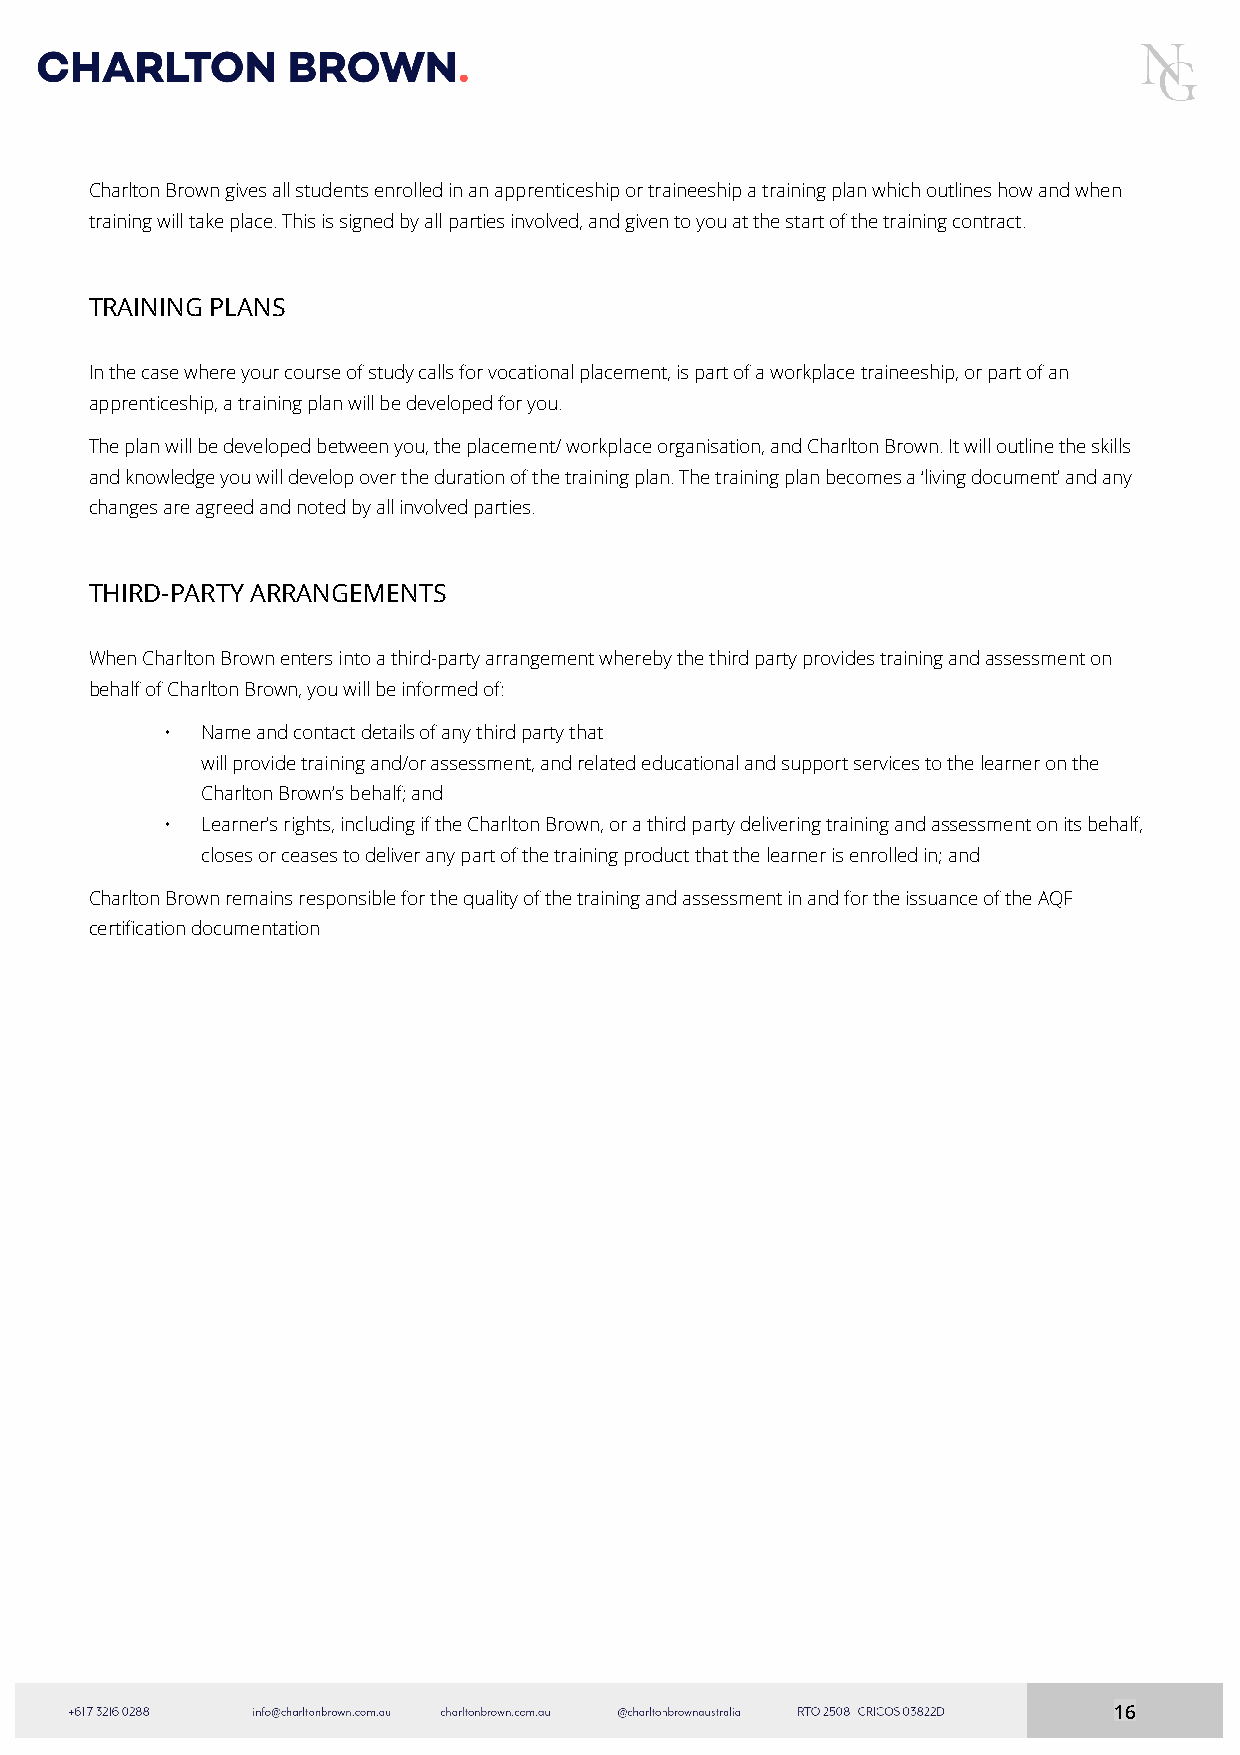
Charlton Brown gives all students enrolled in an apprenticeship or traineeship a training plan which outlines how and when
 training will take place. This is signed by all parties involved, and given to you at the start of the training contract.
 TRAINING PLANS
 In the case where your course of study calls for vocational placement, is part of a workplace traineeship, or part of an
 apprenticeship, a training plan will be developed for you.
 The plan will be developed between you, the placement/ workplace organisation, and Charlton Brown. It will outline the skills
 and knowledge you will develop over the duration of the training plan. The training plan becomes a ‘living document’ and any
 changes are agreed and noted by all involved parties.
 THIRD-PARTY ARRANGEMENTS
 When Charlton Brown enters into a third-party arrangement whereby the third party provides training and assessment on
 behalf of Charlton Brown, you will be informed of:
 • Name and contact details of any third party that
 will provide training and/or assessment, and related educational and support services to the learner on the
 Charlton Brown’s behalf; and
 • Learner’s rights, including if the Charlton Brown, or a third party delivering training and assessment on its behalf,
 closes or ceases to deliver any part of the training product that the learner is enrolled in; and
 Charlton Brown remains responsible for the quality of the training and assessment in and for the issuance of the AQF
 certification documentation
 16